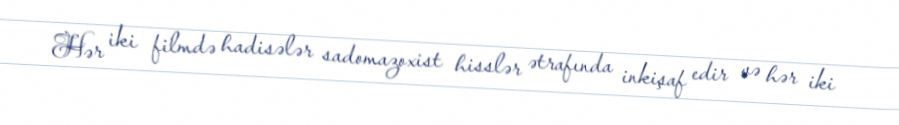
Hər iki filmdə hadisələr sadomazoxist hisslər ətrafında inkişaf edir və hər iki